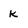
Character: k